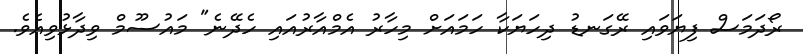
ރޯދަމަސް ފިޔަވައި ރޭގަނޑު ދިހަޔަކާ ހަމައަށް މިހާރު އެމްއާރުއައި ހެދޭނެ" މައުސޫމް ވިދާޅުވިއެވެ.